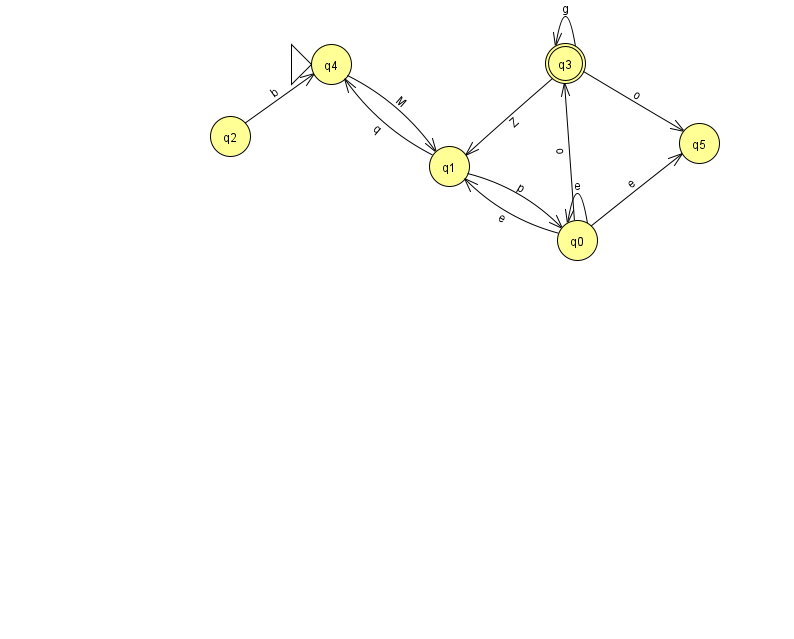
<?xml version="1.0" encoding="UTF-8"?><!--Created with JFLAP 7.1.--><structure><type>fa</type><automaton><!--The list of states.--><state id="0" name="q0"><x>577.0</x><y>227.0</y></state><state id="1" name="q1"><x>449.0</x><y>153.0</y></state><state id="2" name="q2"><x>230.0</x><y>123.0</y></state><state id="3" name="q3"><x>565.0</x><y>50.0</y><final/></state><state id="4" name="q4"><x>331.0</x><y>51.0</y><initial/></state><state id="5" name="q5"><x>699.0</x><y>130.0</y></state><!--The list of transitions.--><transition><from>0</from><to>3</to><read>o</read></transition><transition><from>0</from><to>5</to><read>e</read></transition><transition><from>4</from><to>1</to><read>M</read></transition><transition><from>0</from><to>0</to><read>e</read></transition><transition><from>3</from><to>3</to><read>g</read></transition><transition><from>3</from><to>5</to><read>o</read></transition><transition><from>0</from><to>1</to><read>e</read></transition><transition><from>3</from><to>1</to><read>Z</read></transition><transition><from>2</from><to>4</to><read>b</read></transition><transition><from>1</from><to>4</to><read>q</read></transition><transition><from>1</from><to>0</to><read>p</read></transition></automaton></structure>